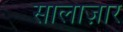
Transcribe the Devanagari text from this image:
सालाज़ार